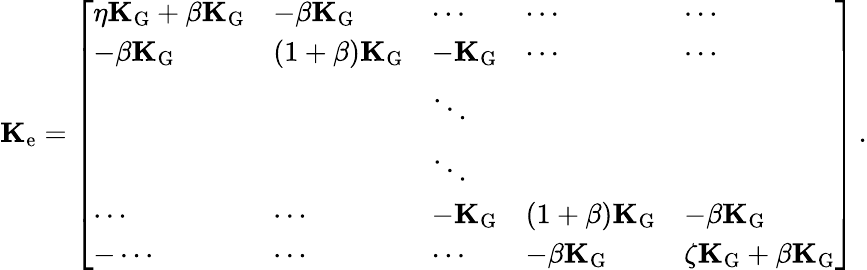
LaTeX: \mathbf{K}_{\mathrm{e}}=\left[\begin{array}{lllll}{\eta\mathbf{K}_{\mathrm{G}}+\beta\mathbf{K}_{\mathrm{G}}}&{-\beta\mathbf{K}_{\mathrm{G}}}&{\cdots}&{\cdots}&{\cdots}\\ {-\beta\mathbf{K}_{\mathrm{G}}}&{(1+\beta)\mathbf{K}_{\mathrm{G}}}&{-\mathbf{K}_{\mathrm{G}}}&{\cdots}&{\cdots}\\ &&{\ddots}&&\\ &&{\ddots}&&\\ {\cdots}&{\cdots}&{-\mathbf{K}_{\mathrm{G}}}&{(1+\beta)\mathbf{K}_{\mathrm{G}}}&{-\beta\mathbf{K}_{\mathrm{G}}}\\ {-\cdots}&{\cdots}&{\cdots}&{-\beta\mathbf{K}_{\mathrm{G}}}&{\zeta\mathbf{K}_{\mathrm{G}}+\beta\mathbf{K}_{\mathrm{G}}}\end{array}\right]\, .